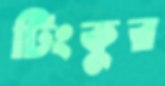
টিংকুর